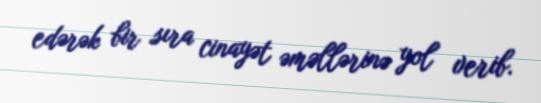
edərək bir sıra cinayət əməllərinə yol verib.